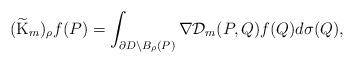
LaTeX: \begin{align*}(\widetilde{\mathrm{K}}_{m})_{\rho}f(P)=\int_{\partial D\setminus B_{\rho}(P)}\nabla\mathcal{D}_{m}(P, Q)f(Q) d\sigma(Q),\end{align*}